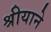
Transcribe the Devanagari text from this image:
श्रीयाने